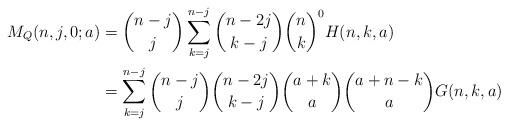
LaTeX: \begin{align*}M_Q(n,j,0;a)&=\binom{n-j}{j}\sum_{k=j}^{n-j}\binom{n-2j}{k-j}\binom{n}{k}^{0} H(n,k,a)\\&=\sum_{k=j}^{n-j}\binom{n-j}{j}\binom{n-2j}{k-j}\binom{a+k}{a}\binom{a+n-k}{a}G(n,k,a)\end{align*}